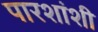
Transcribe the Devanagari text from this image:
पारशांशी